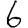
Digit: 6